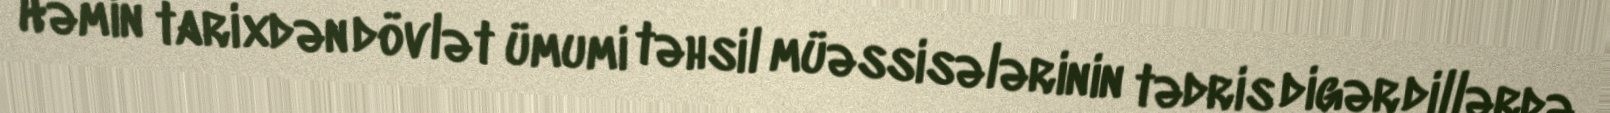
Həmin tarixdən dövlət ümumi təhsil müəssisələrinin tədris digər dillərdə